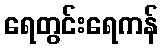
ရေတွင်းရေကန်